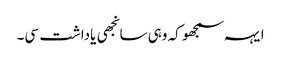
ایہہ سمجھو کہ وہی سانجھی یاداشت سی۔